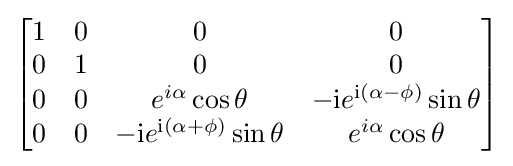
{\begin{bmatrix}1&0&0&0\\0&1&0&0\\0&0&e^{i\alpha }\cos \theta &-\mathrm {i} e^{\mathrm {i} (\alpha -\phi )}\sin \theta \\0&0&-\mathrm {i} e^{\mathrm {i} (\alpha +\phi )}\sin \theta &e^{i\alpha }\cos \theta \end{bmatrix}}